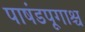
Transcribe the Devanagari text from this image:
पाषंडपूगाश्च